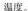
温度。